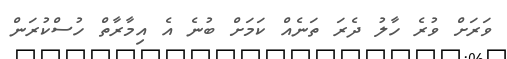
ވަރަށް ވުރެ ހާލު ދެރަ ތަނެއް ކަމަށް ބުނެ އެ އިމާރާތް ހުސްކުރަން